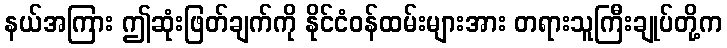
နယ်အကြား ဤဆုံးဖြတ်ချက်ကို နိုင်ငံဝန်ထမ်းများအား တရားသူကြီးချုပ်တို့က